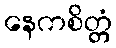
နေကစိတ္တံ